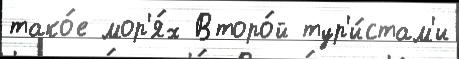
тако́е мор'я́х Второ́й тур'и́стам'и